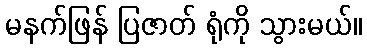
မနက်ဖြန် ပြဇာတ် ရုံကို သွားမယ်။